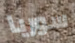
سوريا